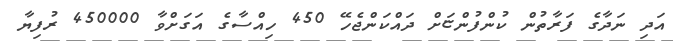
އަދި ނަދާގެ ފަރާތުން ކުންފުންޏަށް ދައްކަންޖެހޭ 450 ހިއްސާގެ އަގަށްވާ 450000 ރުފިޔާ